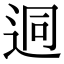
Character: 迵